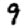
Digit: 9